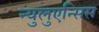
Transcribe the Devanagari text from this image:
न्युलुएन्सिस